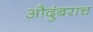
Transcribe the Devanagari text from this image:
औदुंबराच